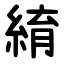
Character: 䋭